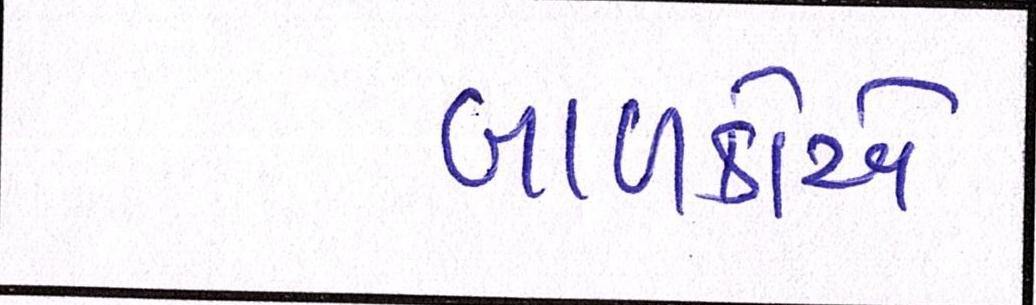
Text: બાળકોએ